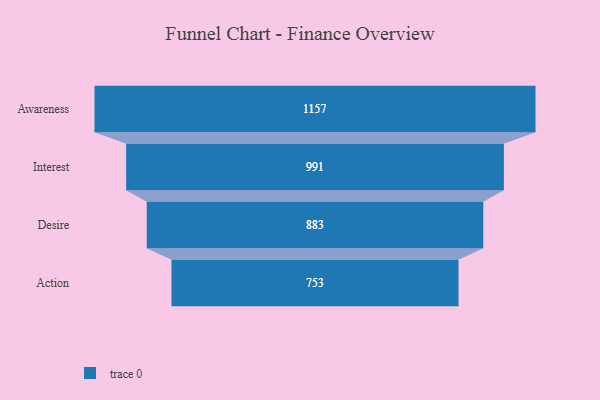
{"axis": {"x": "Stage", "y": "Value"}, "legend": [""], "data": [{"x": "Awareness", "y": 1157.0, "type": ""}, {"x": "Interest", "y": 991.0, "type": ""}, {"x": "Desire", "y": 883.0, "type": ""}, {"x": "Action", "y": 753.0, "type": ""}]}